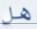
هل